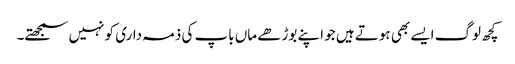
کچھ لوگ ایسے بھی ہوتے ہیں جو اپنے بوڑھے ماں باپ کی ذمہ داری کو نہیں سمجھتے۔